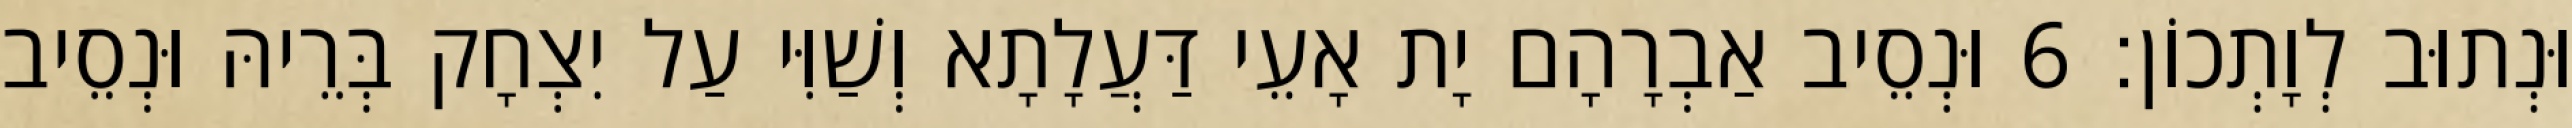
וּנְתוּב לְוָתְכוֹן׃ 6 וּנְסֵיב אַבְרָהָם יָת אָעֵי דַּעֲלָתָא וְשַׁוִּי עַל יִצְחָק בְּרֵיהּ וּנְסֵיב